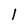
Character: l